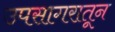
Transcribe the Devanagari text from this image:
उपसागरातून